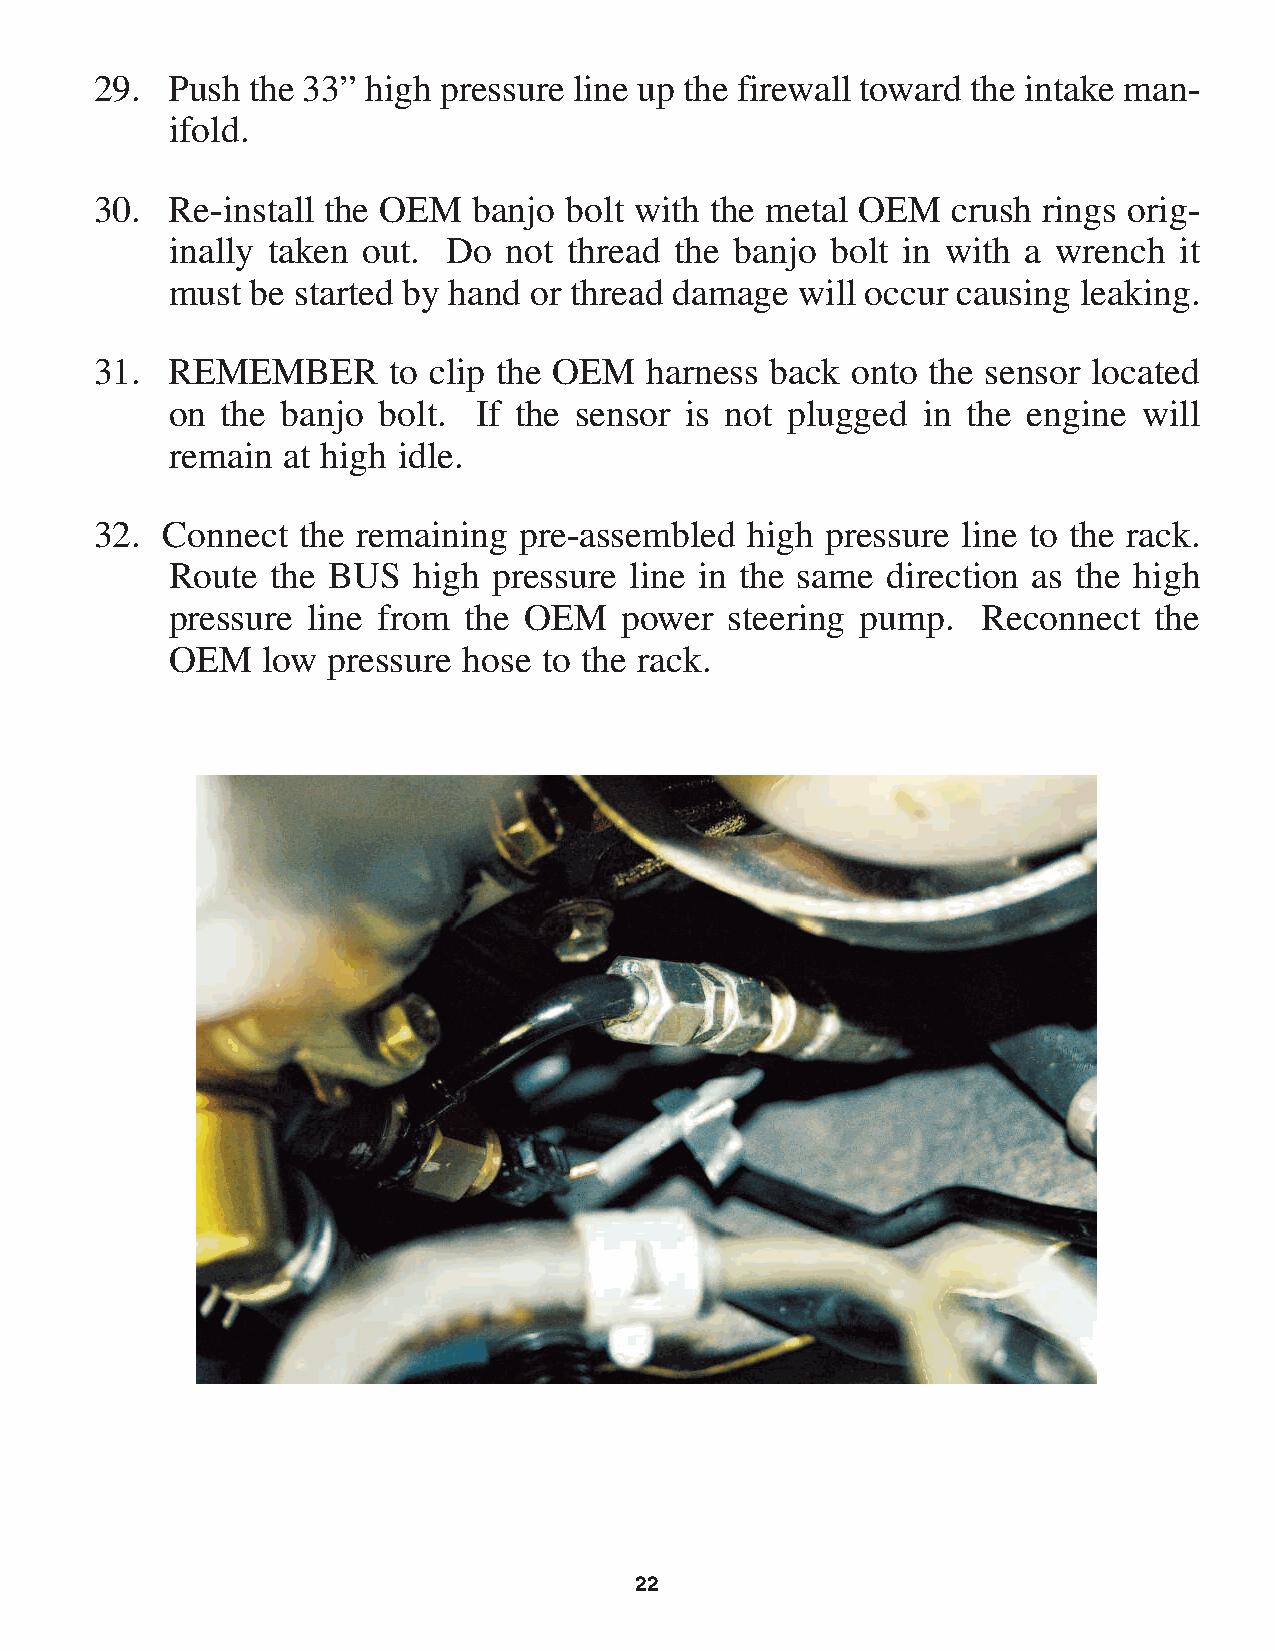
29.  Push  the 33” high pressure line up the firewall toward the intake man-
 ifold.
 30.  Re-install the OEM  banjo bolt with the metal OEM   crush rings orig-
 inally taken out.  Do not  thread the banjo bolt in with a wrench  it
 must  be started by hand or thread damage will occur causing leaking.
 31.  REMEMBER       to clip the OEM  harness back onto  the sensor located
 on  the banjo bolt. If the sensor is not plugged  in the engine  will
 remain  at high idle.
 32.  Connect  the remaining pre-assembled  high  pressure line to the rack.
 Route  the BUS  high  pressure line in the same direction as the high
 pressure line from  the OEM   power  steering pump.   Reconnect  the
 OEM   low  pressure hose to the rack.
 22